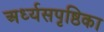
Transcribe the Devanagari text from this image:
अर्ध्यसपृष्ठिका